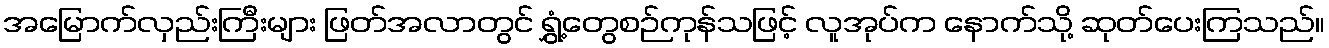
အမြောက်လှည်းကြီးများ ဖြတ်အလာတွင် ရွှံ့တွေစဉ်ကုန်သဖြင့် လူအုပ်က နောက်သို့ ဆုတ်ပေးကြသည်။